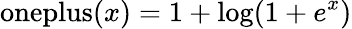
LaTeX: {\mathrm{oneplus}}(x)=1+\log(1+e^{x})